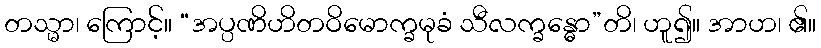
တသ္မာ၊ ကြောင့်။ “အပ္ပဏိဟိတဝိမောက္ခမုခံ သီလက္ခန္ဓော”တိ၊ ဟူ၍။ အာဟ၊ ၏။